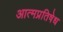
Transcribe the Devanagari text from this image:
आत्मप्रतिषेध